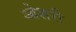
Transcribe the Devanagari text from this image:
ओशरी